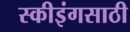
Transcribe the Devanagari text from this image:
स्कीइंगसाठी